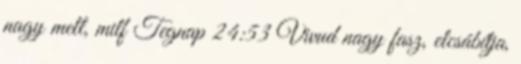
nagy mell, milf Tegnap 24:53 Vivud nagy fasz, elcsábítja,